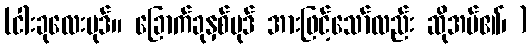
(ငါးခုလေးပုဒ်။ ခြောက်ခုနှစ်ပုဒ် အားဖြင့်သော်လည်း ဆိုအပ်၏၊ )